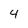
Character: 4